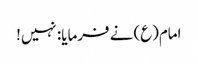
امام(ع) نے فرمایا: نہیں!